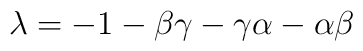
\lambda = -1-\beta \gamma - \gamma \alpha -\alpha \beta